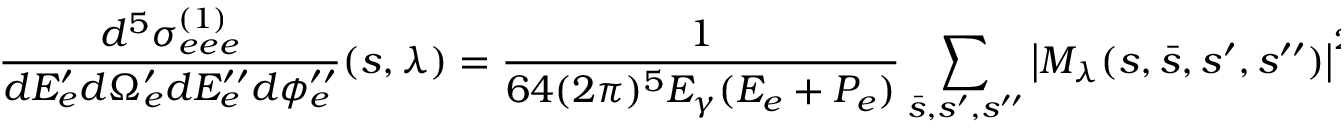
\frac { d ^ { 5 } \sigma _ { e e e } ^ { ( 1 ) } } { d E _ { e } ^ { \prime } d \Omega _ { e } ^ { \prime } d E _ { e } ^ { \prime \prime } d \phi _ { e } ^ { \prime \prime } } ( s , \lambda ) = \frac { 1 } { 6 4 ( 2 \pi ) ^ { 5 } E _ { \gamma } ( E _ { e } + P _ { e } ) } \sum _ { \bar { s } , s ^ { \prime } , s ^ { \prime \prime } } \left| { \cal M } _ { \lambda } ( s , \bar { s } , s ^ { \prime } , s ^ { \prime \prime } ) \right| ^ { 2 } ,